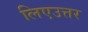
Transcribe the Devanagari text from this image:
लिएउत्तर